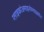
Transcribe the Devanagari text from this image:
ग्लाइकोअमाइनोग्लाइकॉन